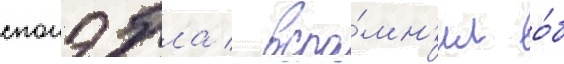
спонэбла / вспо́мн'ил о́б